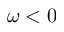
\omega < 0